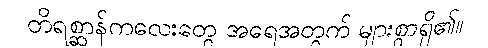
တိရစ္ဆာန်ကလေးတွေ အရေအတွက် များစွာရှိ၏။